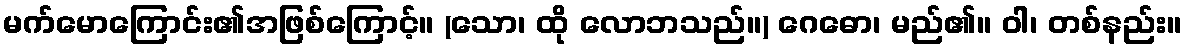
မက်မောကြောင်း၏အဖြစ်ကြောင့်။ (သော၊ ထို လောဘသည်။) ဂေဓော၊ မည်၏။ ဝါ၊ တစ်နည်း။